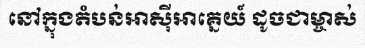
នៅក្នុងតំបន់អាស៊ីអាគ្នេយ៍ ដូចជាម្ចាស់